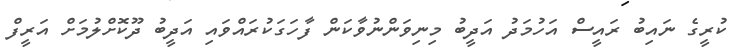
ކުރީގެ ނައިބު ރައީސް އަހުމަދު އަދީބު މިނިވަންނުވާކަން ފާހަގަކުރައްވައި އަދީބު ދޫކޮށްލުމަށް އަރީފް